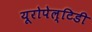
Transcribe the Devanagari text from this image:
यूरोपेल्टिडी